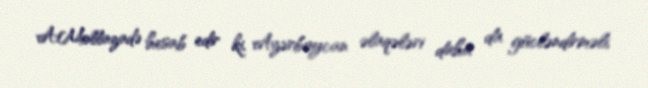
A.Mollazadə hesab edir ki, Azərbaycan əlaqələri daha da gücləndirməli,